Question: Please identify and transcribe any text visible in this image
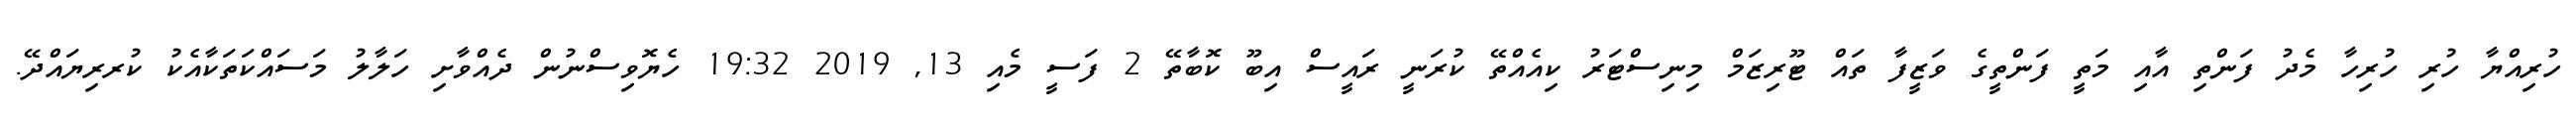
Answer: ހުރިއްޔާ ހުރި ހުރިހާ މެދު ފަންތި އާއި މަތީ ފަންތީގެ ވަޒީފާ ތައް ޓޫރިޒަމް މިނިސްޓަރު ކިއެއްތޭ ކުރަނީ ރައީސް އިބޫ ކޮބާތޭ 2 ފަސީ މެއި 13, 2019 19:32 ހެޔޮވިސްނުން ދެއްވާށި ހަލާލު މަސައްކަތަކާއެކު ކުރރިޔައްދޭ.